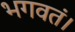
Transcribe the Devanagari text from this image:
भगवतं।